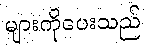
များကိုပေးသည်